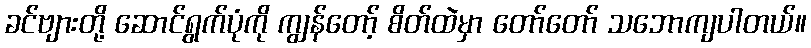
ခင်ဗျားတို့ ဆောင်ရွက်ပုံကို ကျွန်တော့် စိတ်ထဲမှာ တော်တော် သဘောကျပါတယ်။